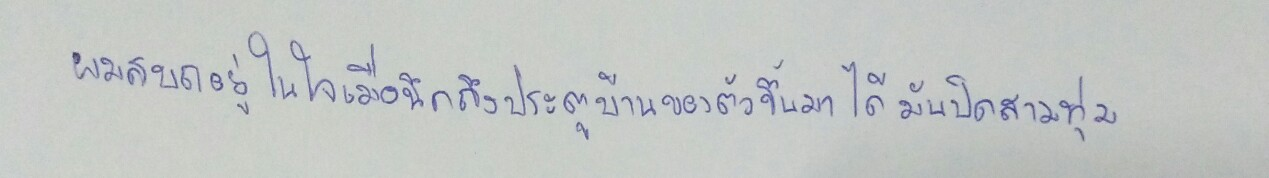
ผมสบถอยู่ในใจเมื่อนึกถึงประตูบ้านของตัวขึ้นมาได้มันปิดสามทุ่ม